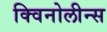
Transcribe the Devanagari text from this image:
क्विनोलीन्स